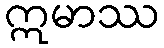
ဣမာဿ